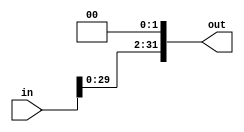
`timescale 1ps/1ps
module Shifter(input [31:0]in,output [31:0] out);
  assign out=in<<2;
endmodule